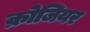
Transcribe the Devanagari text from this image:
क्रोजियर